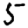
Digit: 5